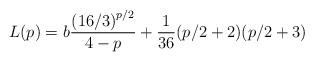
LaTeX: \begin{align*}L(p) = b\frac{\left(16/3\right)^{p/2}}{4-p} + \frac{1}{36}(p/2+2)(p/2+3)\end{align*}